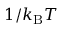
1 / k _ { \mathrm { { B } } } T